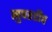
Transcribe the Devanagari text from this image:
सुपरडीप